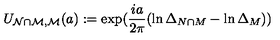
U _ { \mathcal { N \cap M } , \mathcal { M } } ( a ) : = \exp ( \frac { i a } { 2 \pi } ( \ln \Delta _ { N \cap M } - \ln \Delta _ { M } ) )